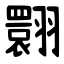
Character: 翾